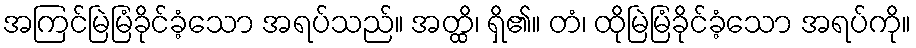
အကြင်မြဲမြံခိုင်ခံ့သော အရပ်သည်။ အတ္ထိ၊ ရှိ၏။ တံ၊ ထိုမြဲမြံခိုင်ခံ့သော အရပ်ကို။